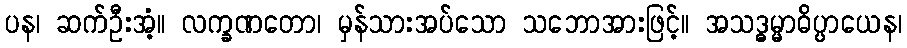
ပန၊ ဆက်ဦးအံ့။ လက္ခဏတော၊ မှန်သားအပ်သော သဘောအားဖြင့်။ အသဒ္ဓမ္မာဓိပ္ပာယေန၊